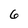
Character: 6